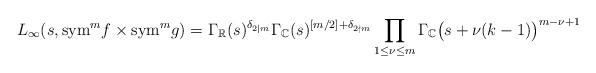
LaTeX: \begin{align*}L_\infty(s, {\rm sym}^mf\times {\rm sym}^mg)= \Gamma_{\mathbb R}(s)^{\delta_{2\mid m}}\Gamma_{\mathbb C}(s)^{[m/2]+\delta_{2\nmid m}}\prod_{1\le \nu\le m} \Gamma_{\mathbb C}\big(s+\nu (k-1)\big)^{m-\nu+1}\end{align*}